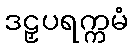
ဒဠှပရက္ကမံ